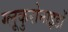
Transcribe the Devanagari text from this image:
ग्लूकुरोनाइडों